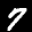
Label: 7